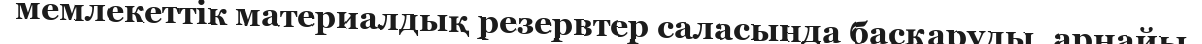
мемлекеттік материалдық резервтер саласында басқаруды, арнайы